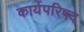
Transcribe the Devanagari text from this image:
कार्यपरिषद